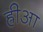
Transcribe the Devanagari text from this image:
ह्रीआ